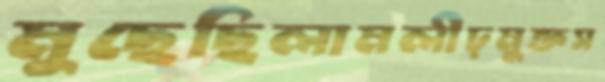
মুছেছিলামলীঢ়মুক্তস